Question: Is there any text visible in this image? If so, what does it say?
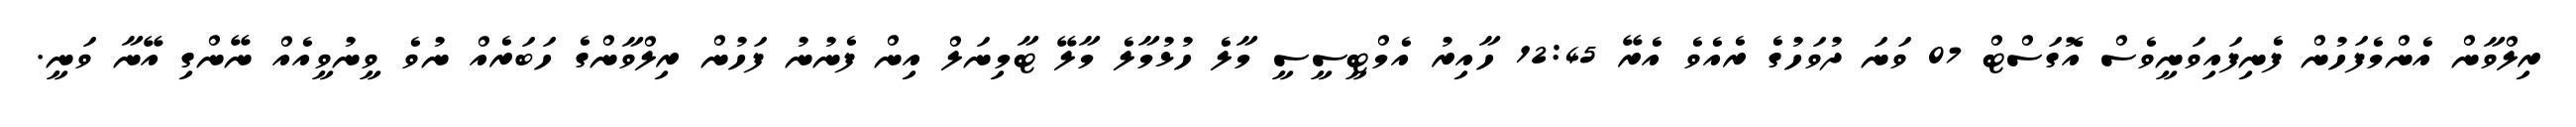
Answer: ރިލްވާން އެންމެފަހުން ފެނިފައިވަނީވެސް އޮގަސްޓް 07 ވަނަ ދުވަހުގެ ރެއެވެ އެރޭ 12:45 ހާއިރު އެމްޓީސީސީ މާލެ ހުޅުމާލެ މާލޭ ޓާމިނަލް އިން ފެނުނު ފަހުން ރިލްވާންގެ ހަބަރެއް ނުވެ ވީނުވީއެއް ނޭންގި އޭނާ ވަނީ.